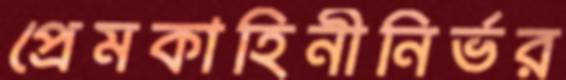
প্রেমকাহিনীনির্ভর